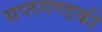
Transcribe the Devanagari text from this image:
सप्तगण्डकी